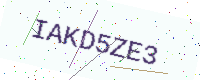
Text: IAKD5ZE3